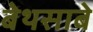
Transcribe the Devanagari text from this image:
बेथसाबे